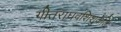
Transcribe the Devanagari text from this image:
गीतराघवशिशुकेलिः